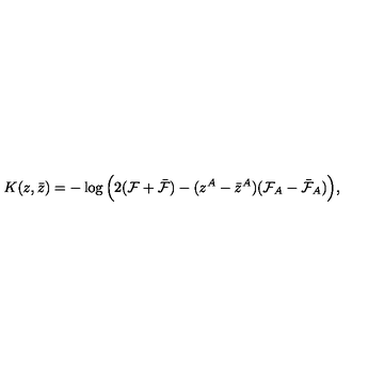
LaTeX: K ( z , \bar { z } ) = - \log \Big ( 2 ( { \cal F } + \bar { \cal F } ) - ( z ^ { A } - \bar { z } ^ { A } ) ( { \cal F } _ { A } - \bar { \cal F } _ { A } ) \Big ) ,